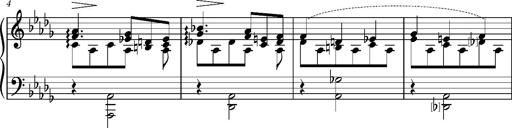
Title: KlavierstÃ¼ck in As-dur No.2 (S.189a/1)
Composer: Franz Liszt
Key: A